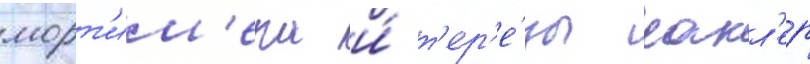
морт'им'ера и́ т'ер'е́зы сакл'ер